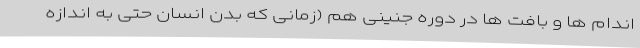
اندام ها و بافت ها در دوره جنینی هم (زمانی که بدن انسان حتی به اندازه